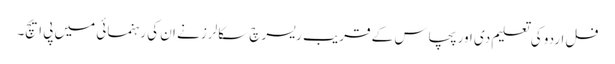
فل اردو کی تعلیم دی اور پچاس کے قریب ریسرچ سکالرز نے ان کی رہنمائی میں پی ایچ۔